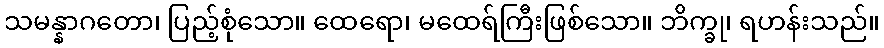
သမန္နာဂတော၊ ပြည့်စုံသော။ ထေရော၊ မထေရ်ကြီးဖြစ်သော။ ဘိက္ခု၊ ရဟန်းသည်။